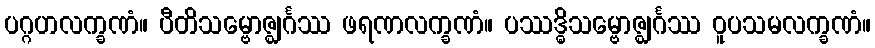
ပဂ္ဂဟလက္ခဏံ။ ပီတိသမ္ဗောဇ္ဈင်္ဂဿ ဖရဏလက္ခဏံ။ ပဿဒ္ဓိသမ္ဗောဇ္ဈင်္ဂဿ ဝူပသမလက္ခဏံ။